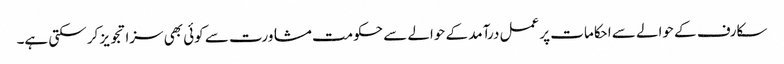
سکارف کے حوالے سے احکامات پر عمل درآمد کے حوالے سے حکومت مشاورت سے کوئی بھی سزا تجویز کر سکتی ہے۔